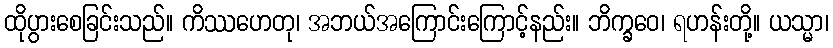
ထိုပွားစေခြင်းသည်။ ကိဿဟေတု၊ အဘယ်အကြောင်းကြောင့်နည်း။ ဘိက္ခဝေ၊ ရဟန်းတို့။ ယသ္မာ၊